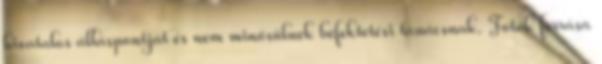
hivatalos álláspontját és nem minősülnek befektetési tanácsnak. Fotók forrása